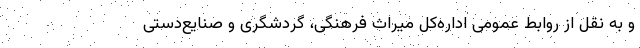
و به نقل از روابط عمومی اداره‌کل میراث فرهنگی، گردشگری و صنایع‌دستی